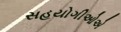
સહયોગીઓએ